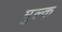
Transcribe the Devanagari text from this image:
मुल्‍क